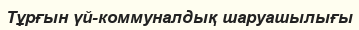
Тұрғын үй-коммуналдық шаруашылығы